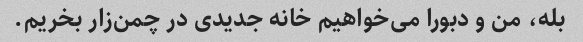
بله، من و دبورا می‌خواهیم خانه جدیدی در چمن‌زار بخریم.